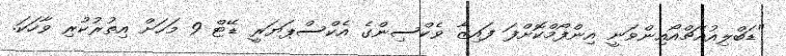
"ޑަބްލިއުއެޗްއޯއިންވަނީ އިންފޯމްކޮށްފަ ފައިޒާ ވެކްސިންގެ އެކްސްޕަޔަރީ ޑޭޓް 9 މަހަށް އިތުރުކުރި ވާހަކަ.